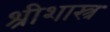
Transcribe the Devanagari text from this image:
श्रीशास्त्र